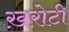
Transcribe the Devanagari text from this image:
ख़रोटी